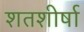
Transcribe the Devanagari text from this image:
शतशीर्षा